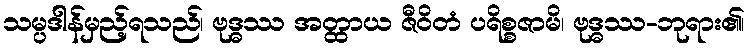
သမ္ပဒါန်မှည့်ရသည်၊ ဗုဒ္ဓဿ အတ္ထာယ ဇီဝိတံ ပရိစ္စဇာမိ၊ ဗုဒ္ဓဿ-ဘုရား၏၊